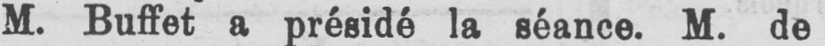
M. Buffet a présidé la séance. M. de